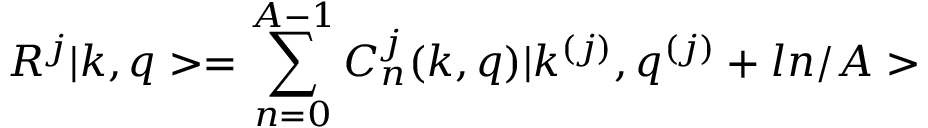
R ^ { j } | k , q > = \sum _ { n = 0 } ^ { A - 1 } C _ { n } ^ { j } ( k , q ) | k ^ { ( j ) } , q ^ { ( j ) } + l n / A >